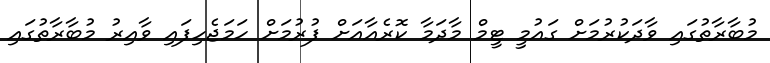
މުބާރާތުގައި ވާދަކުރުމަށް ގައުމީ ޓީމް މާދަމާ ކޮރެއާއަށް ފުރުމަށް ހަމަޖެހިފައި ވާއިރު މުބާރާތުގައި